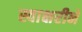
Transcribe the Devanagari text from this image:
स्वाक्षरीने